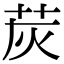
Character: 𦭹